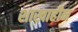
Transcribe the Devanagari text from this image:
शाखाहीन